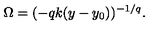
\Omega = ( - q k ( y - y _ { 0 } ) ) ^ { - 1 / q } .